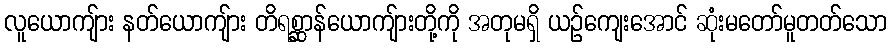
လူယောကျ်ား နတ်ယောကျ်ား တိရစ္ဆာန်ယောကျ်ားတို့ကို အတုမရှိ ယဉ်ကျေးအောင် ဆုံးမတော်မူတတ်သော